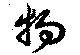
物